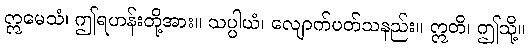
ဣမေသံ၊ ဤရဟန်းတို့အား။ သပ္ပါယံ၊ လျောက်ပတ်သနည်း။ ဣတိ၊ ဤသို့။